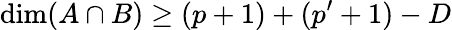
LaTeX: \dim(A\cap B)\ge(p+1)+(p^{\prime}+1)-D